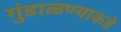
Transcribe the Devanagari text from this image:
गुंडाळण्याकडे